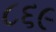
૮૬૯